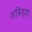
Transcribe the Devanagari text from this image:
अविज्जा